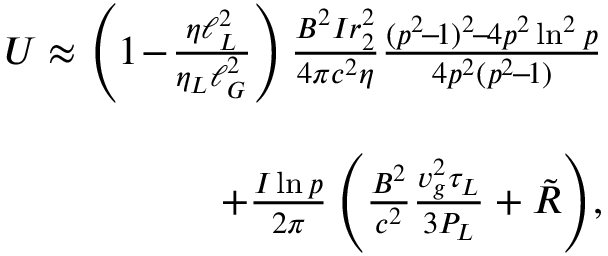
\begin{array} { r l r } & { } & { U \approx \left( 1 \! - \! \frac { \eta \ell _ { L } ^ { 2 } } { \eta _ { L } \ell _ { G } ^ { 2 } } \right) \frac { B ^ { 2 } I r _ { 2 } ^ { 2 } } { 4 \pi c ^ { 2 } \eta } \frac { ( p ^ { 2 } \! - \! 1 ) ^ { 2 } \! - \! 4 p ^ { 2 } \ln ^ { 2 } p } { 4 p ^ { 2 } ( p ^ { 2 } \! - \! 1 ) } } \\ & { } & \\ & { } & { \qquad \qquad \qquad \qquad \qquad \qquad + \frac { I \ln p } { 2 \pi } \left( \frac { B ^ { 2 } } { c ^ { 2 } } \frac { v _ { g } ^ { 2 } \tau _ { L } } { 3 P _ { L } } + \tilde { R } \right) \! , } \end{array}